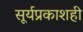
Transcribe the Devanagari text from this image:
सूर्यप्रकाशही